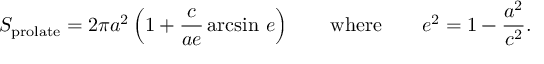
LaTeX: S _ { \mathrm { { p r o l a t e } } } = 2 \pi a ^ { 2 } \left( 1 + { \frac { c } { a e } } \arcsin \, e \right) \qquad { \mathrm { w h e r e } } \qquad e ^ { 2 } = 1 - { \frac { a ^ { 2 } } { c ^ { 2 } } } .